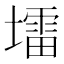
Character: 𪤠